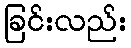
ခြင်းလည်း